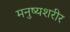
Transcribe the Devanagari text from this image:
मनुष्यशरीर